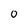
Character: 0